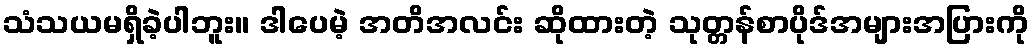
သံသယမရှိခဲ့ပါဘူး။ ဒါပေမဲ့ အတိအလင်း ဆိုထားတဲ့ သုတ္တန်စာပိုဒ်အများအပြားကို